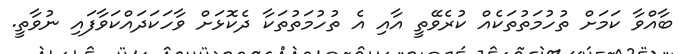
ބާއްވާ ކަމަށް ތުހުމަތުތަކެއް ކުރެވޭތީ އާއި އެ ތުހުމަތުތަކާ ދެކޮޅަށް ވާހަކަދައްކަވާފައި ނުވާތީ.